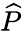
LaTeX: \widehat P